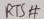
Text: RTS#